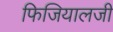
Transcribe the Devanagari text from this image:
फिजियालजी